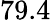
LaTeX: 79.4